Annual report on the Civil Veterinary Department, Burma (including the Insein Veterinary School) - 1932-1941
Year: 1932
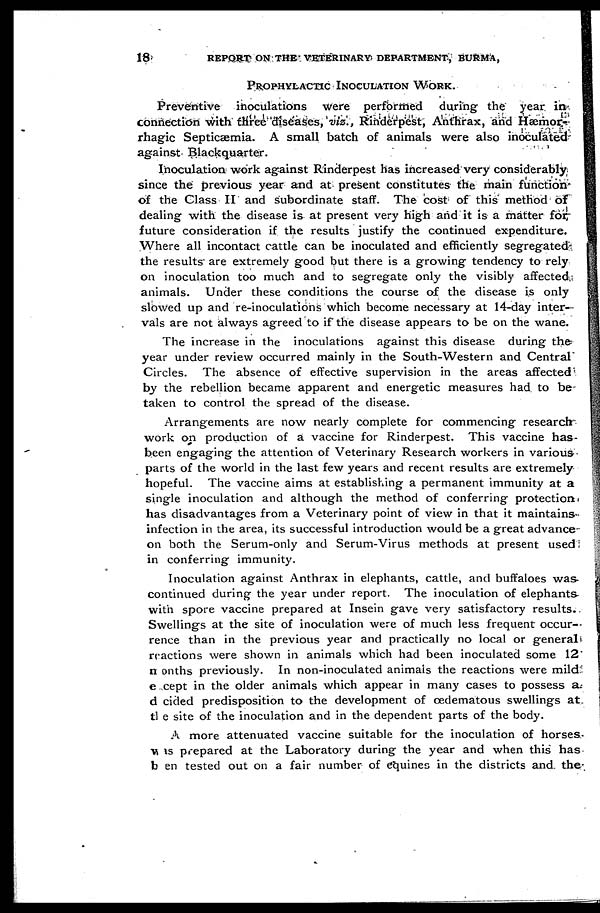
18
REPORT
ON
THE
VETERINARY
DEPARTMENT,
BURMA,
PROPHYLACTIC INOCULATION WORK.
Preventive inoculations were performed
during the year in
connection with three diseases, viz., Rinderpest, Anthrax, and Hæmor-
rhagic Septicæmia. A small batch of animals were also inoculated
against Blackquarter.
Inoculation work against Rinderpest has increased very considerably
since the previous year and at present constitutes the main function
of the Class II and subordinate staff. The cost of this method of
dealing with the disease is at present very high and it is a matter for
future consideration if the results justify the continued expenditure.
Where all incontact cattle can be inoculated and efficiently segregated
the results are extremely good but there is a growing tendency to rely
on inoculation too much and to segregate only the visibly affected
animals. Under these conditions the course of the disease is only
slowed up and re-inoculations which become necessary at 14-day inter
vals are not always agreed to if the disease appears to be on the wane.
The increase in the inoculations against this disease during the
year under review occurred mainly in the South-Western and Central
Circles. The absence of effective supervision in the areas affected
by the rebellion became apparent and energetic measures had to be
taken to control the spread of the disease.
Arrangements are now nearly complete for commencing research
work on production of a vaccine for Rinderpest. This vaccine has
been engaging the attention of Veterinary Research workers in various
parts of the world in the last few years and recent results are extremely
hopeful. The vaccine aims at establishing a permanent immunity at a
single inoculation and although the method of conferring protection
has disadvantages from a Veterinary point of view in that it maintains
infection in the area, its successful introduction would be a great advance
on both the Serum-only and Serum-Virus methods at present used
in conferring immunity.
Inoculation against Anthrax in elephants, cattle, and buffaloes was
continued during the year under report. The inoculation of elephants
with spore vaccine prepared at Insein gave very satisfactory results.
Swellings at the site of inoculation were of much less frequent occur-
rence than in the previous year and practically no local or general
reactions were shown in animals which had been inoculated some 12
n onths previously. In non-inoculated animals the reactions were mild
e cept in the older animals which appear in many cases to possess a
d cided predisposition to the development of œdematous swellings at
the site of the inoculation and in the dependent parts of the body.
A more attenuated vaccine suitable for the inoculation of horses
was prepared at the Laboratory during the year and when this has
b en tested out on a fair number of equines in the districts and the